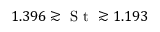
1 . 3 9 6 \gtrsim \textrm { S t } \gtrsim 1 . 1 9 3